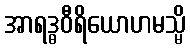
အာရဒ္ဓဝီရိယောဟမသ္မိ